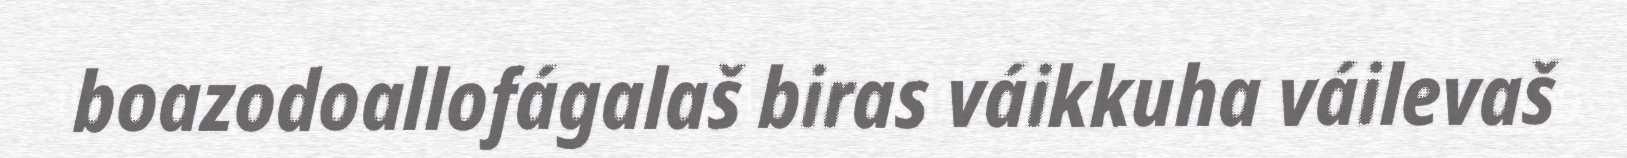
boazodoallofágalaš biras váikkuha váilevaš